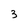
Character: 3